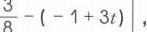
\(\frac{3}{8}-(-1 + 3t),\)